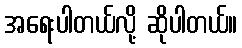
အရေးပါတယ်လို့ ဆိုပါတယ်။